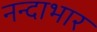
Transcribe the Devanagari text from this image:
नन्दाभार